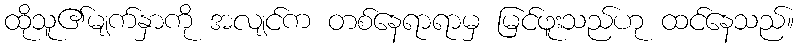
ထိုသူ၏မျက်နှာကို အလျင်က တစ်နေရာရာမှ မြင်ဖူးသည်ဟု ထင်နေသည်။